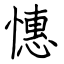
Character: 憓